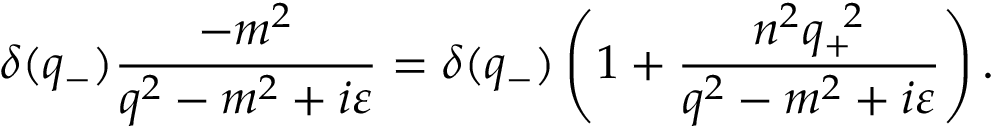
{ \delta } ( q _ { - } ) \frac { - m ^ { 2 } } { q ^ { 2 } - m ^ { 2 } + i { \varepsilon } } = { \delta } ( q _ { - } ) \left( 1 + \frac { n ^ { 2 } q _ { + } ^ { \; \; 2 } } { q ^ { 2 } - m ^ { 2 } + i { \varepsilon } } \right) .